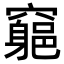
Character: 𥨪